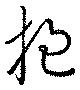
抱